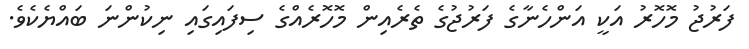
ފަރުޖު މޮހޮރު އަކީ އަންހެނާގެ ފަރުޖުގެ ތެރެއިން މޮހޮރެއްގެ ސިފައިގައި ނިކުންނަ ބައްޔެކެވެ.